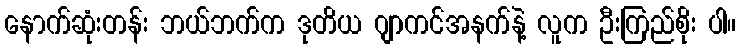
နောက်ဆုံးတန်း ဘယ်ဘက်က ဒုတိယ ဂျာကင်အနက်နဲ့ လူက ဦးကြည်စိုး ပါ။